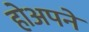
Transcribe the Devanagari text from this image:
होअपने